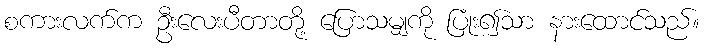
စကားလက်က ဦးလေးပီတာတို့ ပြောသမျှကို ပြုံး၍သာ နားထောင်သည်။